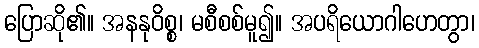
ပြောဆို၏။ အနနုဝိစ္စ၊ မစီစစ်မူ၍။ အပရိယောဂါဟေတွာ၊